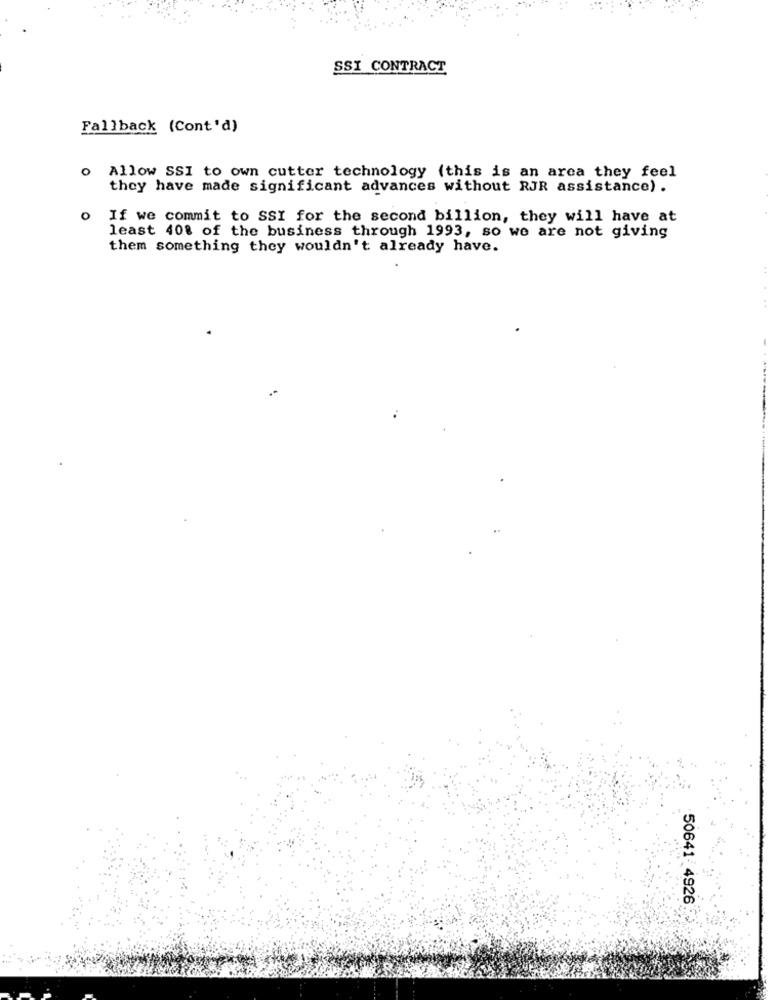
SSI CONTRACT
Fallback (Cont'd)
o Allow SSI to own cutter technology (this is an area they feel
they have made significant advances without RJR assistance) .
O
If we commit to SSI for the second billion, they will have at
least 408 of the business through 1993, so we are not giving
them something they wouldn't already have.
50641-4926